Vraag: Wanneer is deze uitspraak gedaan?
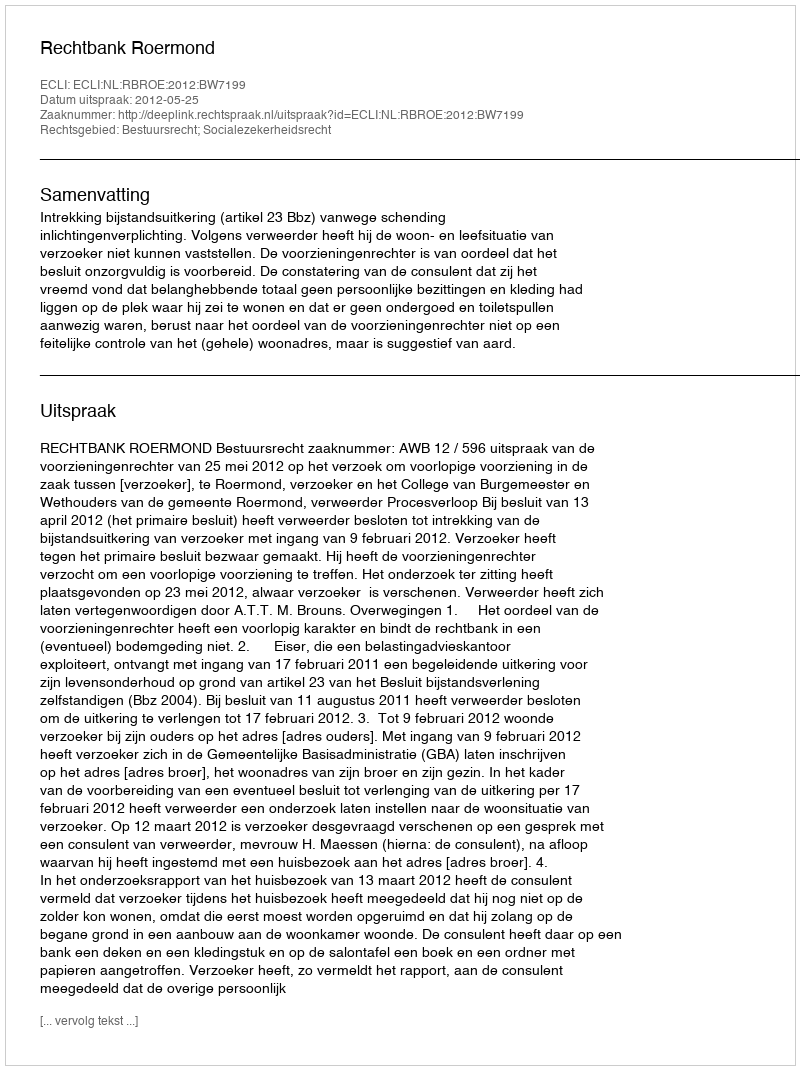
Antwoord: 2012-05-25